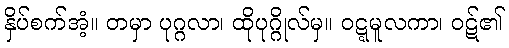
နှိပ်စက်အံ့။ တမှာ ပုဂ္ဂလာ၊ ထိုပုဂ္ဂိုလ်မှ။ ဝဋ္ဋမူလကာ၊ ဝဋ်၏